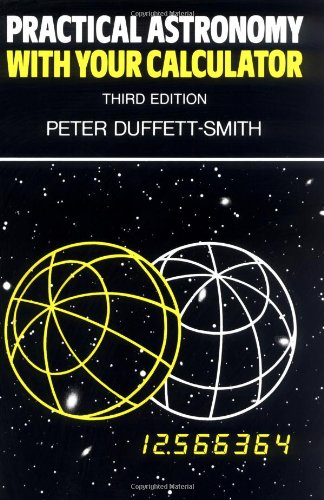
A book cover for Practical Astronomy with your Calculator; Peter Duffett-Smith; Science & Math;